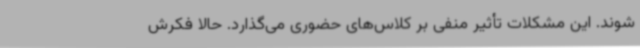
‌شوند. این مشکلات تأثیر منفی بر کلاس‌های حضوری می‌گذارد. حالا فکرش